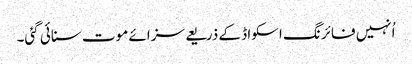
اُنہیں فائرنگ اسکواڈ کے ذریعے سزائے موت سنائی گئی۔